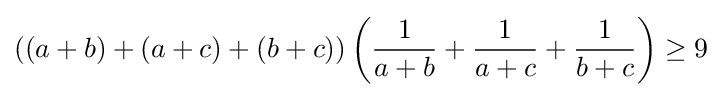
((a+b)+(a+c)+(b+c))\left({\frac {1}{a+b}}+{\frac {1}{a+c}}+{\frac {1}{b+c}}\right)\geq 9